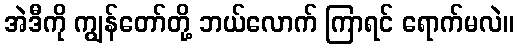
အဲဒီကို ကျွန်တော်တို့ ဘယ်လောက် ကြာရင် ရောက်မလဲ။